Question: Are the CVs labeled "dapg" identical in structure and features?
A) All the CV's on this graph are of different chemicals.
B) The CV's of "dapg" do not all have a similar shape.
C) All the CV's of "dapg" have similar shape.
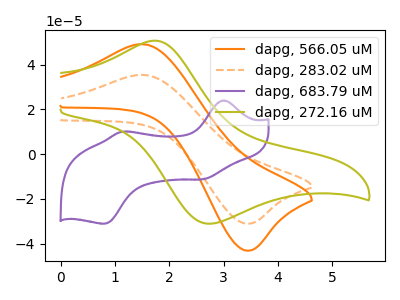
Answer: <think>The orange curve "dapg, 566.05 uM" has an anodic peak at (1.55V, 49.05uA) and a cathodic peak at (3.40V, -43.15uA). The orange dashed curve "dapg, 283.02 uM" has an anodic peak at (1.55V, 35.30uA) and a cathodic peak at (3.40V, -31.10uA). The purple curve "dapg, 683.79 uM" has anodic peaks at (3.00V, 23.95uA) (1.15V, 10.00uA) and cathodic peaks at (2.60V, -11.25uA) (0.80V, -31.15uA). The olive curve "dapg, 272.16 uM" has an anodic peak at (1.75V, 50.70uA) and a cathodic peak at (2.80V, -31.10uA).
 All the peaks in "dapg, 566.05 uM" have a peak in "dapg, 283.02 uM" at the same potential. Every peak in "dapg, 566.05 uM" is higher than every peak in "dapg, 283.02 uM". "dapg, 566.05 uM" and "dapg, 683.79 uM" have a different number of peaks. "dapg, 566.05 uM" and "dapg, 272.16 uM" have at least one peak that do not match. "dapg, 283.02 uM" and "dapg, 683.79 uM" have a different number of peaks. "dapg, 283.02 uM" and "dapg, 272.16 uM" have at least one peak that do not match. "dapg, 683.79 uM" and "dapg, 272.16 uM" have a different number of peaks.</think>
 <answer>C) All the CV's of "dapg" have similar shape.</answer>
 <eval>C</eval>